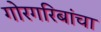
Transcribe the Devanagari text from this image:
गोरगरिबांचा